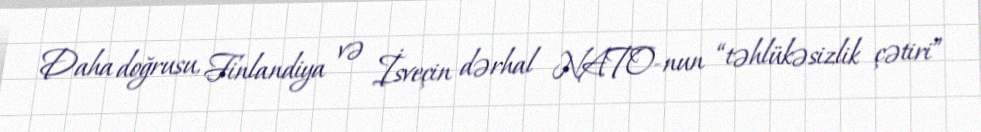
Daha doğrusu, Finlandiya və İsveçin dərhal NATO-nun “təhlükəsizlik çətiri”